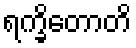
ရက္ခိတောတိ